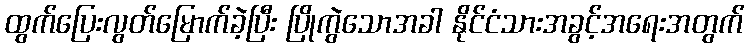
ထွက်ပြေးလွတ်မြောက်ခဲ့ပြီး ပြိုကွဲသောအခါ နိုင်ငံသားအခွင့်အရေးအတွက်